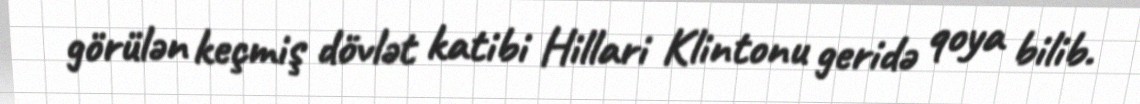
görülən keçmiş dövlət katibi Hillari Klintonu geridə qoya bilib.